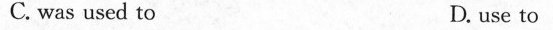
C. was used to D. use to